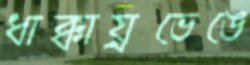
ধাক্কায়্রভেঙে